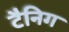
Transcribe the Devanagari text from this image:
टैनिग